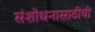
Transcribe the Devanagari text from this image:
संशोधनासाठीची